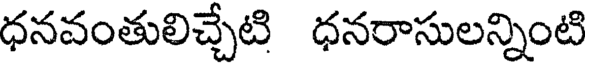
ధనవంతులిచ్చేటి ధనరాసులన్నింటి